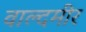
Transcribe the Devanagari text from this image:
वाल्दमीर